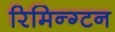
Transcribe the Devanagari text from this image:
रिमिन्ग्टन